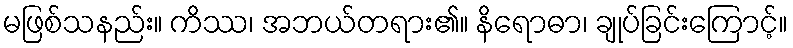
မဖြစ်သနည်း။ ကိဿ၊ အဘယ်တရား၏။ နိရောဓာ၊ ချုပ်ခြင်းကြောင့်။